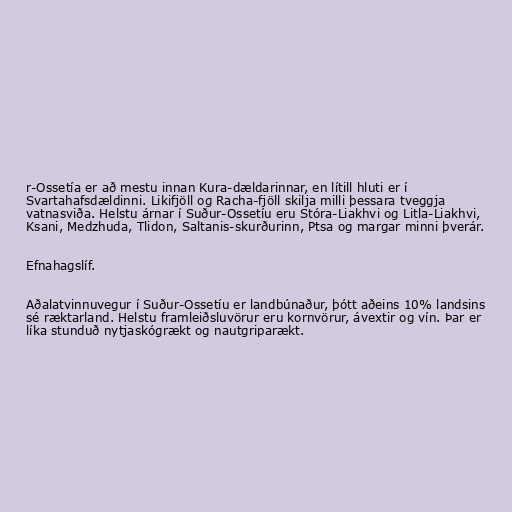
r-Ossetía er að mestu innan Kura-dældarinnar, en lítill hluti er í
Svartahafsdældinni. Likifjöll og Racha-fjöll skilja milli þessara tveggja
vatnasviða. Helstu árnar í Suður-Ossetíu eru Stóra-Liakhvi og Litla-Liakhvi,
Ksani, Medzhuda, Tlidon, Saltanis-skurðurinn, Ptsa og margar minni þverár.

Efnahagslíf.

Aðalatvinnuvegur í Suður-Ossetíu er landbúnaður, þótt aðeins 10% landsins
sé ræktarland. Helstu framleiðsluvörur eru kornvörur, ávextir og vín. Þar er
líka stunduð nytjaskógrækt og nautgriparækt.